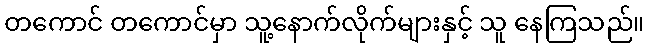
တကောင် တကောင်မှာ သူ့နောက်လိုက်များနှင့် သူ နေကြသည်။